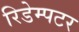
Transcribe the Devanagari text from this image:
रिडेम्पटर